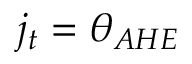
j _ { t } = \theta _ { A H E }